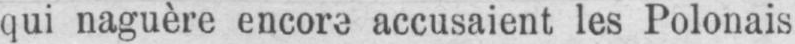
qui naguère encore accusaient les Polonais